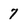
Character: 7